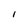
Character: l